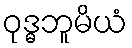
ဝုဒ္ဓဘူမိယံ